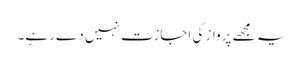
یہ مجھے پرواز کی اجازت نہیں دے رہے۔